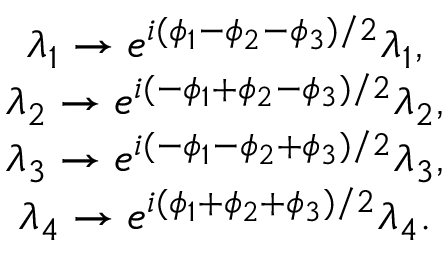
\begin{array} { c } { { \lambda _ { 1 } \rightarrow e ^ { i ( \phi _ { 1 } - \phi _ { 2 } - \phi _ { 3 } ) / 2 } \lambda _ { 1 } , } } \\ { { \lambda _ { 2 } \rightarrow e ^ { i ( - \phi _ { 1 } + \phi _ { 2 } - \phi _ { 3 } ) / 2 } \lambda _ { 2 } , } } \\ { { \lambda _ { 3 } \rightarrow e ^ { i ( - \phi _ { 1 } - \phi _ { 2 } + \phi _ { 3 } ) / 2 } \lambda _ { 3 } , } } \\ { { \lambda _ { 4 } \rightarrow e ^ { i ( \phi _ { 1 } + \phi _ { 2 } + \phi _ { 3 } ) / 2 } \lambda _ { 4 } . } } \end{array}